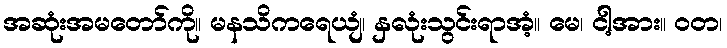
အဆုံးအမတော်ကို။ မနသိကရေယျံ၊ နှလုံးသွင်းရာအံ့။ မေ၊ ငါ့အား။ ဝတ၊